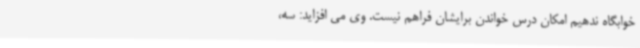
خوابگاه ندهیم امکان درس خواندن برایشان فراهم نیست. وی می افزاید: سه،